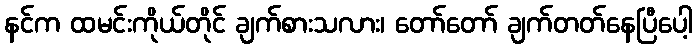
နင်က ထမင်းကိုယ်တိုင် ချက်စားသလား၊ တော်တော် ချက်တတ်နေပြီပေါ့